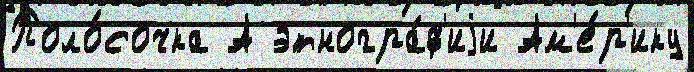
Поло́сочка А этногра́ф'иjи Ам'е́р'ику